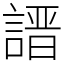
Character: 𧪽